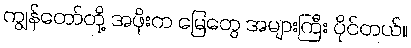
ကျွန်တော်တို့ အဖိုးက မြေတွေ အများကြီး ပိုင်တယ်။